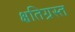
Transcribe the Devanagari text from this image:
क्षतिग्रस्‍त